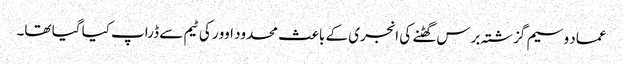
عماد وسیم گزشتہ برس گھٹنے کی انجری کے باعث محدود اوور کی ٹیم سے ڈراپ کیا گیا تھا۔